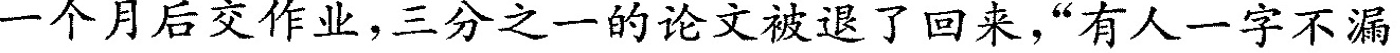
一个月后交作业，三分之一的论文被退了回来，”有人一字不漏